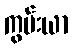
ကွမ်းယာ